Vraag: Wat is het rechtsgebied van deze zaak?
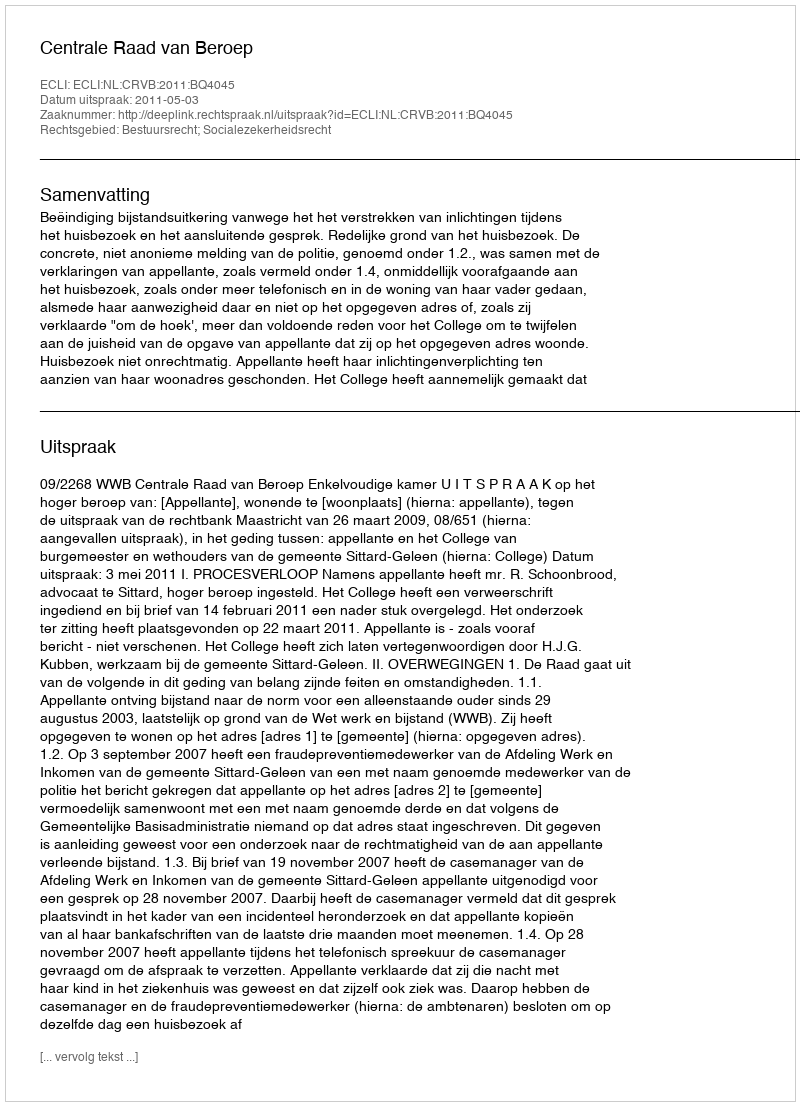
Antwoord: Bestuursrecht; Socialezekerheidsrecht